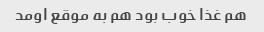
هم غذا خوب بود هم به موقع اومد